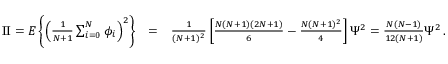
\begin{array} { r l r } { \mathrm { { I I } } = E \left\{ \left( { \frac { 1 } { N + 1 } } \sum _ { i = 0 } ^ { N } \phi _ { i } \right) ^ { 2 } \right\} } & { = } & { { \frac { 1 } { ( N + 1 ) ^ { 2 } } } \left[ { \frac { N ( N + 1 ) ( 2 N + 1 ) } { 6 } } - { \frac { N ( N + 1 ) ^ { 2 } } { 4 } } \right] \Psi ^ { 2 } = { \frac { N ( N - 1 ) } { 1 2 ( N + 1 ) } } \Psi ^ { 2 } \, . } \end{array}